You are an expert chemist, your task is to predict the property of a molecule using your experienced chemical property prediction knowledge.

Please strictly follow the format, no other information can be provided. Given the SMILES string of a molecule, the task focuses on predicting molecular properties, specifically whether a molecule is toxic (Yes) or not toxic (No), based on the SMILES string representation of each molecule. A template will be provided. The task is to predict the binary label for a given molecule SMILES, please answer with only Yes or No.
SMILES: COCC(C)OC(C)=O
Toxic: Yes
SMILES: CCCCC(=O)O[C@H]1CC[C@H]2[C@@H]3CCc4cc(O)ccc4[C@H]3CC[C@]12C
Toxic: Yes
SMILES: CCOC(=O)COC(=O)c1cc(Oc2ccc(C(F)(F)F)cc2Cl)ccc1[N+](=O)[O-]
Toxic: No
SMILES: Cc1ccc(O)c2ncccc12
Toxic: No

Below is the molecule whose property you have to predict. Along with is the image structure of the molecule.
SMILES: Clc1cccc(N2CCNCC2)c1
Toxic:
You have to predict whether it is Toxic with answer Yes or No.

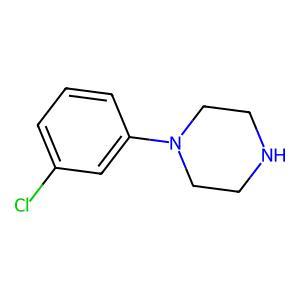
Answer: No